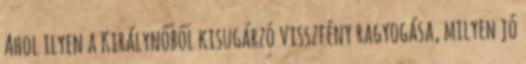
Ahol ilyen a Királynőből kisugárzó visszfény ragyogása, milyen jó